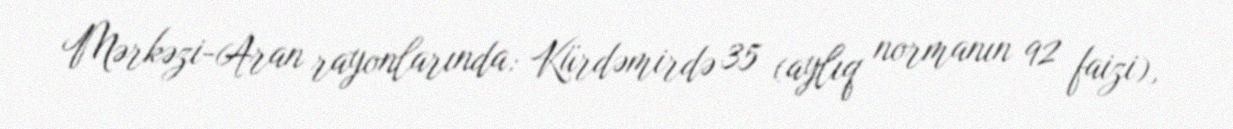
Mərkəzi-Aran rayonlarında: Kürdəmirdə 35 (aylıq normanın 92 faizi),